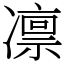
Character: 凛